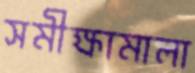
সমীক্ষামালা